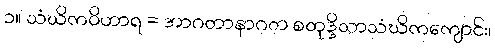
၁။ သံဃိကဝိဟာရ = အာဂတာနာဂတ စတုဒ္ဒိသာသံဃိကကျောင်း၊